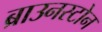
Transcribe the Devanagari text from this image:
ब्राउनस्टोन